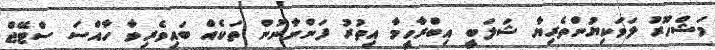
މަޝްހޫރު ލަވަކިޔުންތެރިޔާ ޝަލަބީ އިބްރާހީމާ އިތުރު ފަންނާނުން ތަކެއް ބައިވެރިވާ ހާއްސަ ސްޓޭޖް